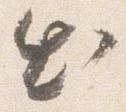
出